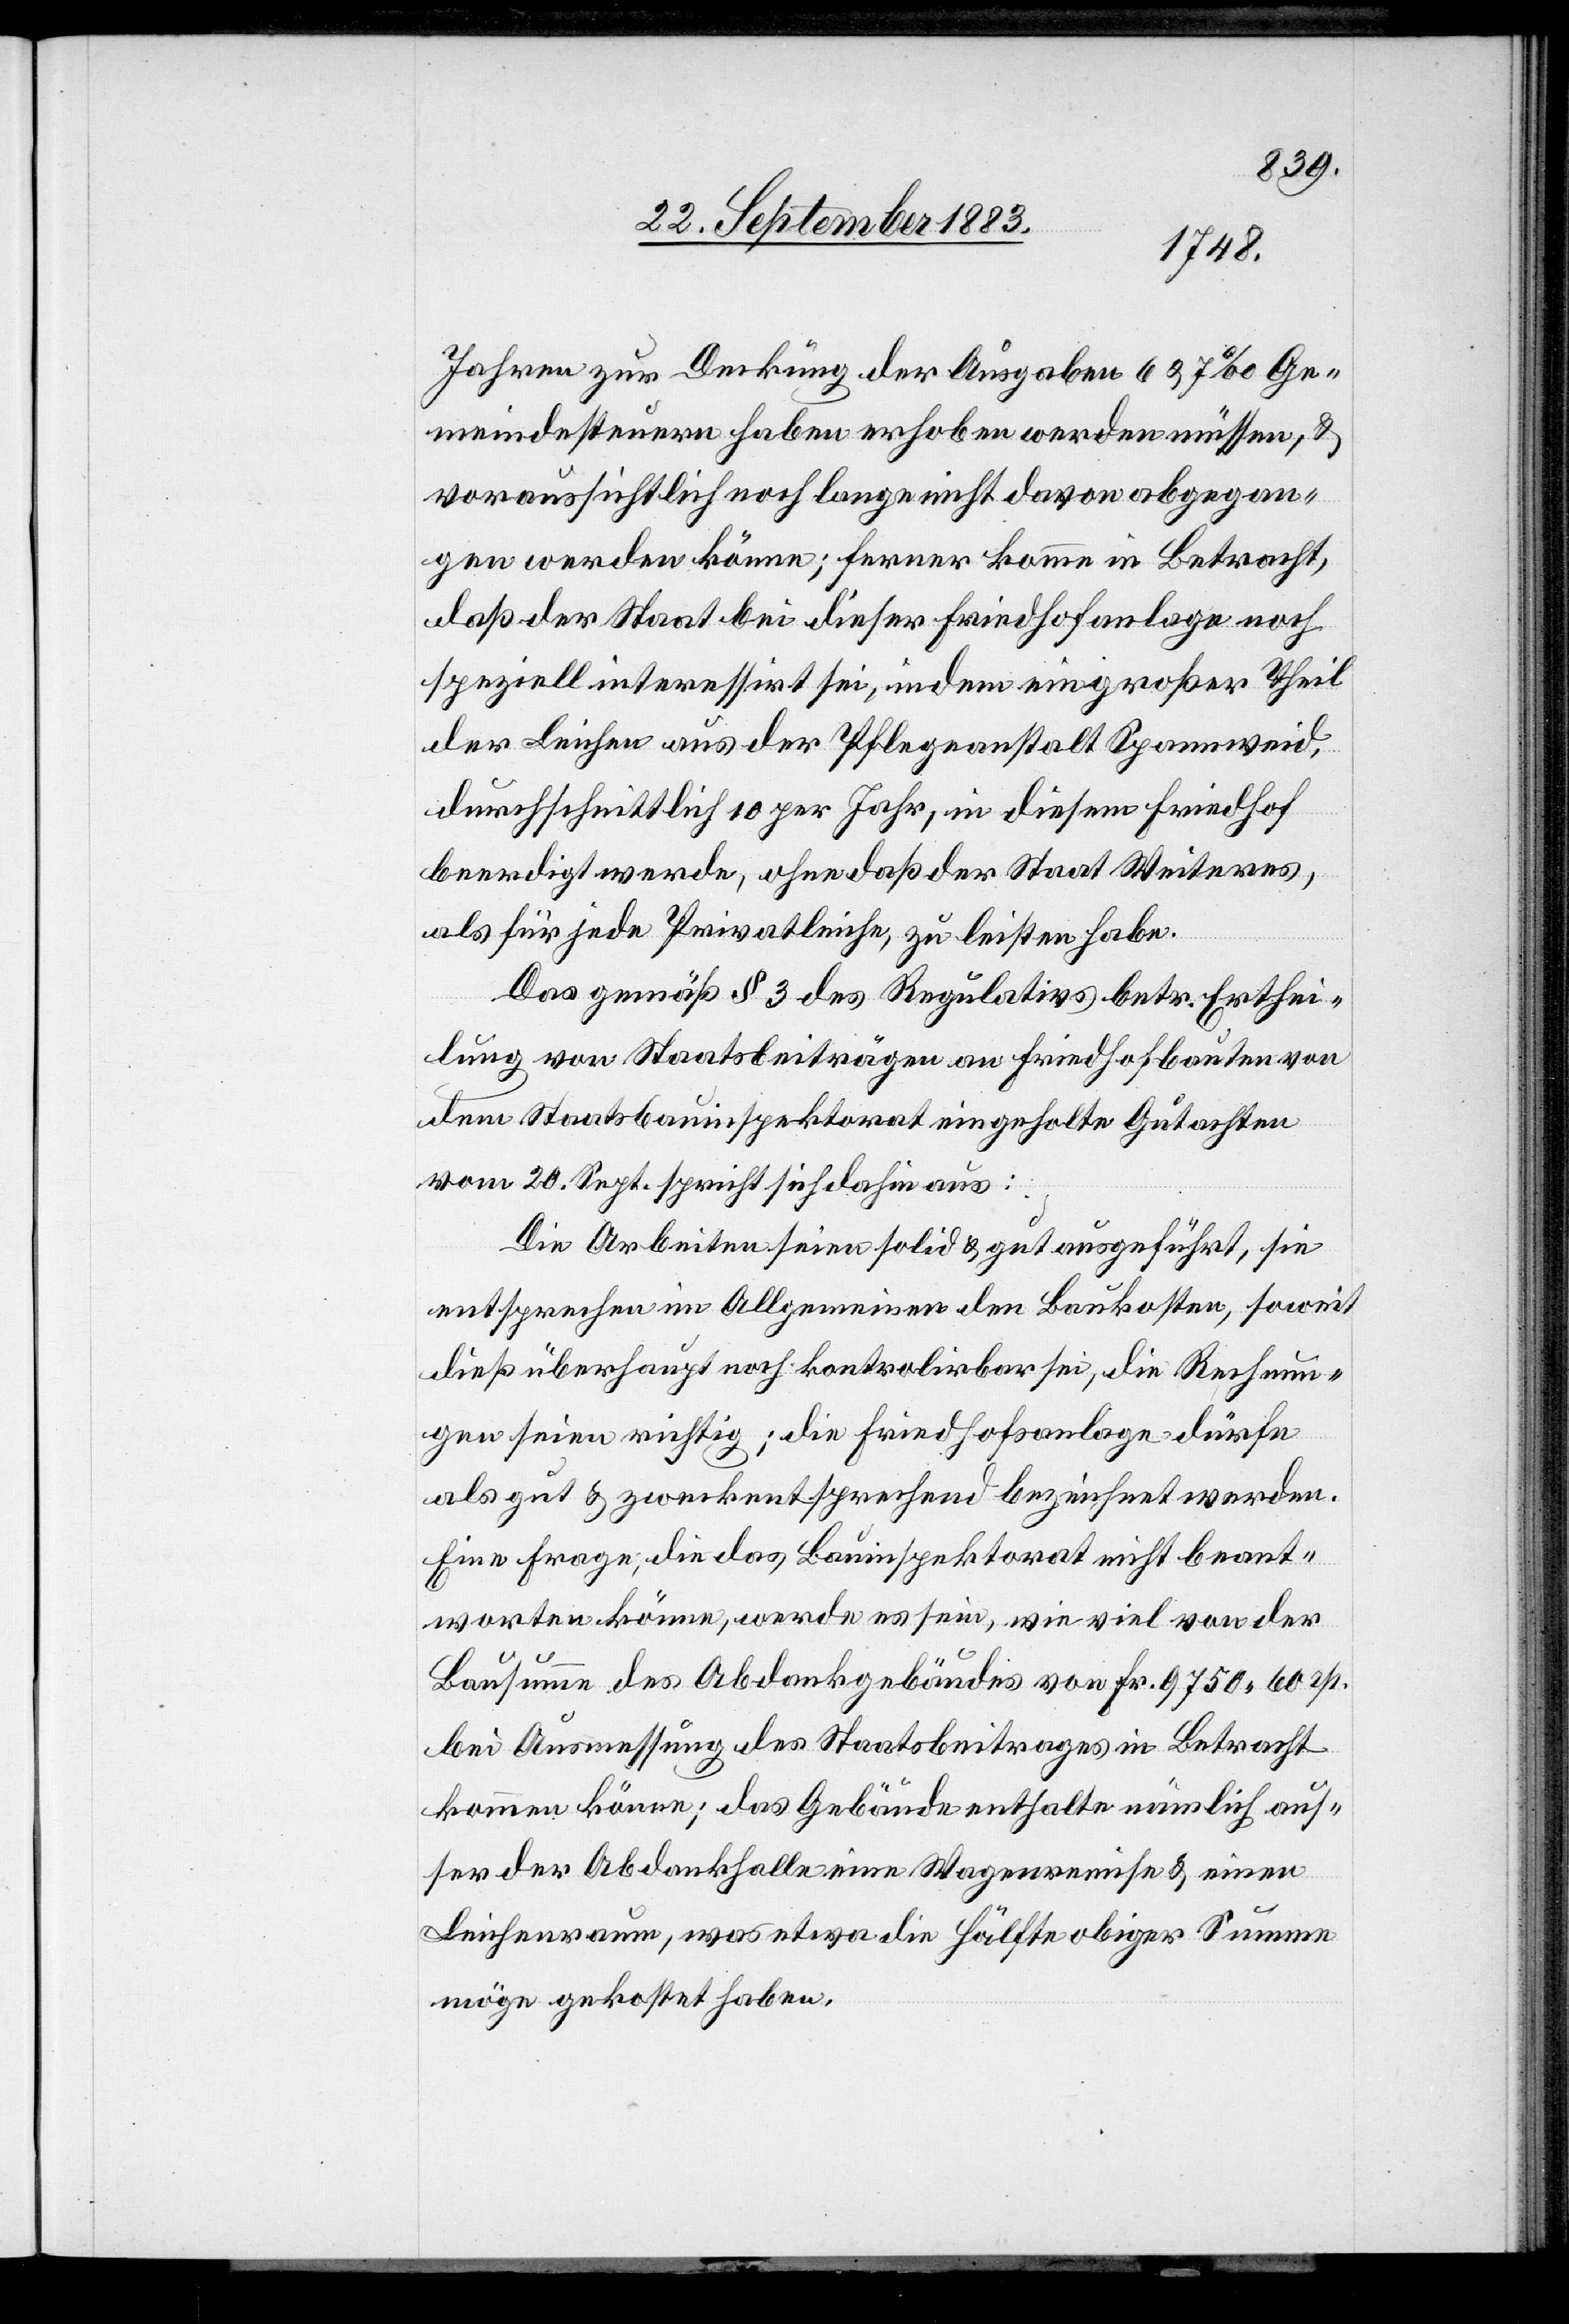
Jahren zur Deckung der Ausgaben 6 & 7‰ Ge¬
meindesteuern haben erhoben werden müssen, &
voraussichtlich noch lange nicht davon abgegan¬
gen werden könne; ferner komme in Betracht,
daß der Staat bei dieser Friedhofanlage noch
speziell interessirt sei, indem ein großer Theil
der Leichen aus der Pflegeanstalt Spannweid,
durchschnittlich 10 per Jahr, in diesem Friedhof
beerdigt werde, ohne daß der Staat Weiteres,
als für jede Privatleiche, zu leisten habe.
Das gemäß § 3 des Regulativs betr. Erthei¬
lung von Staatsbeiträgen an Friedhofsbauten von
dem Staatsbauinspektorat eingeholte Gutachten
vom 20. Sept. spricht sich dahin aus:
Die Arbeiten seien solid & gut ausgeführt, sie
entsprechen im Allgemeinen den Baukosten, soweit
dieß überhaupt noch kontrolirbar sei, die Rechnun¬
gen seien richtig; die Friedhofsanlage dürfe
als gut & zweckentsprechend bezeichnet werden.
Eine Frage, die das Bauinspektorat nicht beant¬
worten könne, werde es sein, wie viel von der
Bausumme des Abdankgebäudes von Fr. 9750 60 Rp.
bei Ausmessung des Staatsbeitrages in Betracht
kommen könne; das Gebäude enthalte nämlich aus¬
ser der Abdankhalle eine Wagenremise & einen
Leichenraum, was etwa die Hälfte obige Summe
möge gekostet haben.